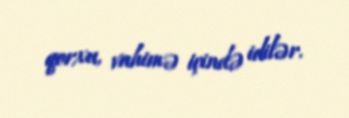
qorxu, vahimə içində idilər.